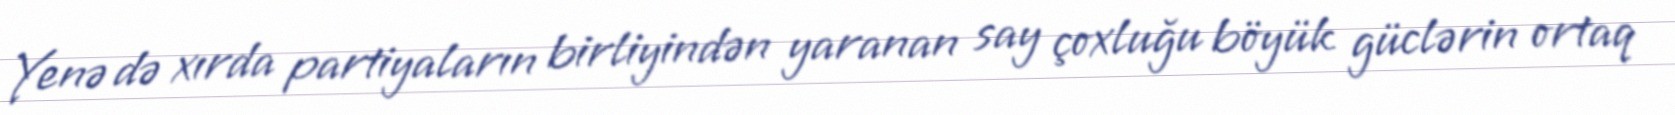
Yenə də xırda partiyaların birliyindən yaranan say çoxluğu böyük güclərin ortaq